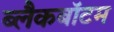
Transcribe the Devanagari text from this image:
ब्लैकबॉटम